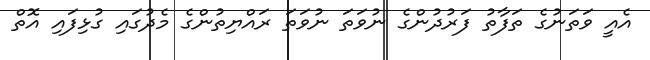
އެއީ ވަތަނުގެ ތަފާތު ފަރުދުންގެ ނުވަތަ ނުވަތަ ރައްޔިތުންގެ މެދުގައި ގުޅިފައި އޮތް